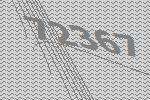
72367